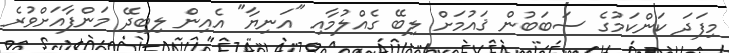
މިފަދަ ކަންކަމުގެ ސަބަބުން ޤައުމަށް ލިބޭ ގެއްލުމާއި "އަނިޔާ" އެއިން ލިބިދޭ މަންފާއަށްވުރެ